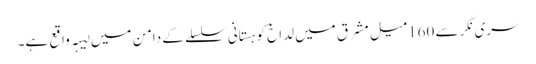
سری نگر سے 160میل مشرق میں لداخ کوہستانی سلسلے کے دامن میں لیہہ واقع ہے۔